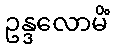
ဥန္ဒလောမိံ